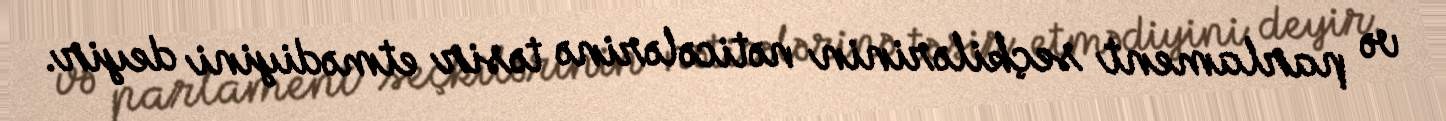
və parlament seçkilərinin nəticələrinə təsir etmədiyini deyir.